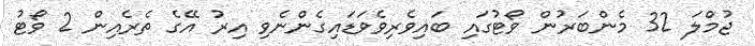
ޖުމްލަ 32 މެންބަރުން ވޯޓުގައި ބައިވެރިވެވަޑައިގެންނެވި އިރު އޭގެ ތެރެއިން 2 ވޯޓު